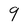
Character: 9